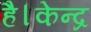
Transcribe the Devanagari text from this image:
है।केन्द्र